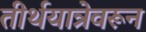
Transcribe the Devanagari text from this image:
तीर्थयात्रेवरून